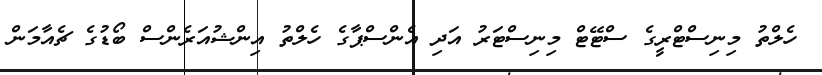
ހެލްތު މިނިސްޓްރީގެ ސްޓޭޓް މިނިސްޓަރު އަދި އެންސްޕާގެ ހެލްތު އިންޝުއަރެންސް ބޯޑުގެ ޗެއާމަން